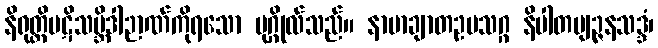
နိရုတ္တိပဋိသမ္ဘိဒါဉာဏ်ကိုရသော ပုဂ္ဂိုလ်သည်။ နာမာချာတဥပသဂ္ဂ နိပါတဗျဉ္ဇနသဒ္ဒံ၊